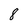
Character: 8